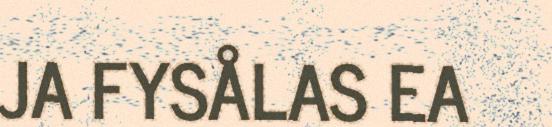
JA FYSÅLAS EA